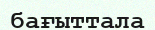
бағыттала